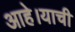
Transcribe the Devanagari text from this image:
आहे।याची